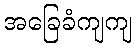
အခြေခံကျကျ